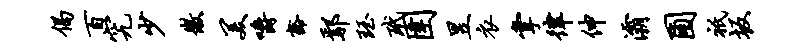
偈百究少徽美嚼豁鄢珏玳圉昱衣掌律伸灞圃只坂